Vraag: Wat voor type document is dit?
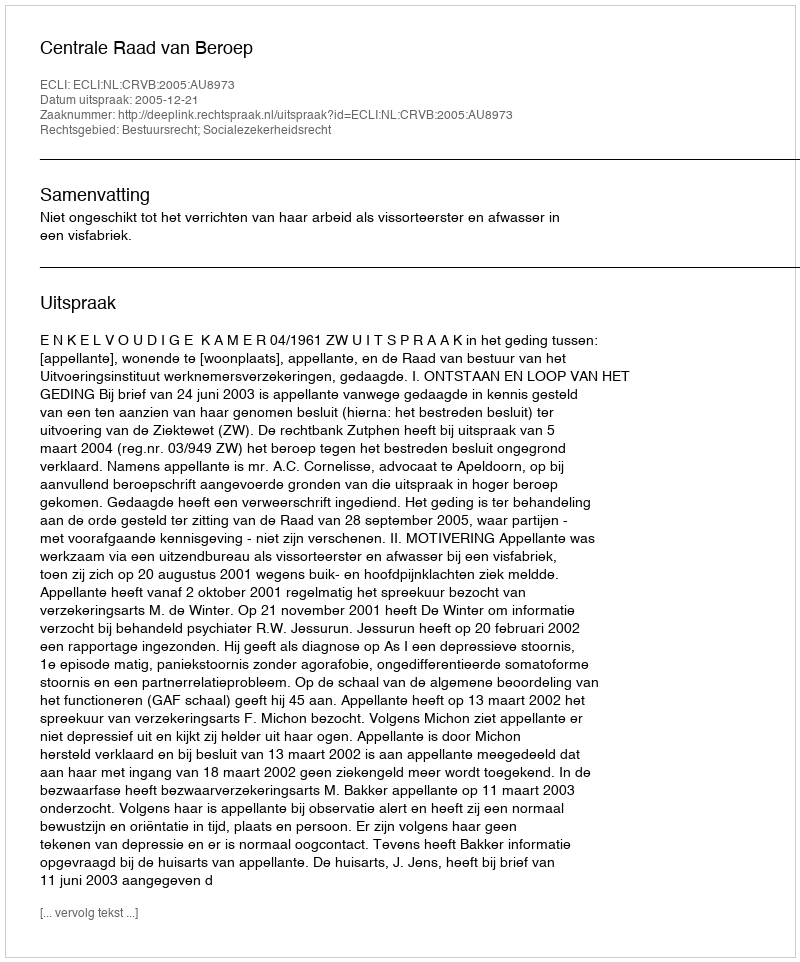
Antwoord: Uitspraak